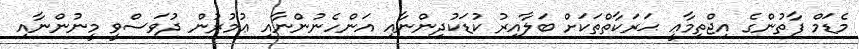
މެޑަމް ފާތުންގެ އިޖްތިމާޢީ ޙަރަކާތްތަކަށް ބަލާއިރު ކުޑަކުދިންނާއި އަންހެނުންނާއި ޢުމުރުން ދުވަސްވީ މީނުންނާއި